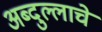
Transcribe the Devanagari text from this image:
अब्दुल्लाचे